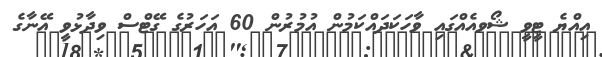
އިއްޔެ ޓީވީ ޝޯވއެއްގައި ވާހަކަދައްކަމުން އުމުރުން 60 އަހަރުގެ ގޭޓްސް ވިދާޅުވީ އޭނާގެ